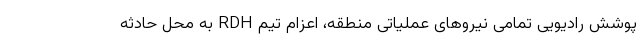
پوشش رادیویی تمامی نیروهای عملیاتی منطقه، اعزام تیم RDH به محل حادثه